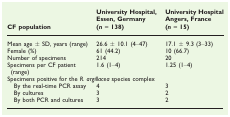
<table><thead><tr><td><b>CF population</b></td><td><b>University Hospital, Essen, Germany(<i>n</i> = 138)</b></td><td><b>University Hospital Angers, France(<i>n</i> = 15)</b></td></tr></thead><tbody><tr><td>Mean age ± SD, years (range)</td><td>26.6 ± 10.1 (4–47)</td><td>17.1 ± 9.3 (3–33)</td></tr><tr><td>Female (%)</td><td>61 (44.2)</td><td>10 (66.7)</td></tr><tr><td>Number of specimens</td><td>214</td><td>20</td></tr><tr><td>Specimens per CF patient (range)</td><td>1.6 (1–4)</td><td>1.25 (1–4)</td></tr><tr><td colspan="3">Specimens positive for the <i>R. argillacea</i> speciescomplex</td></tr><tr><td> By the real-time PCR assay</td><td>4</td><td>3</td></tr><tr><td> By cultures</td><td>3</td><td>2</td></tr><tr><td> By both PCR and cultures</td><td>3</td><td>2</td></tr></tbody></table>